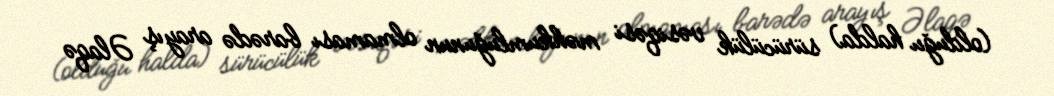
(olduğu halda) sürücülük vəsiqəsi məhkumluğunun olmaması barədə arayış Əlaqə